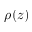
\rho ( z )